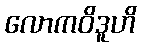
လောကဝိဒူဟိ